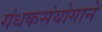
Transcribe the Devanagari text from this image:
गंधकसंयोगाने